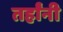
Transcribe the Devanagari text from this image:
तर्हांनी